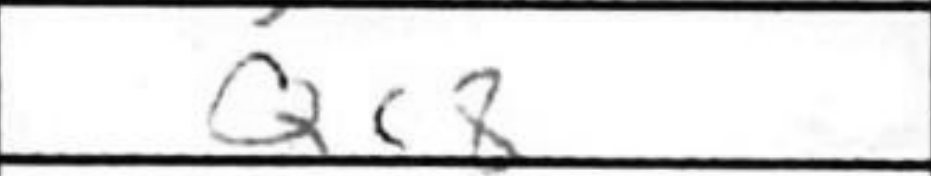
Transcription: Qc8